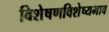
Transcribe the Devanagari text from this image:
विशेषणविशेष्यभाव